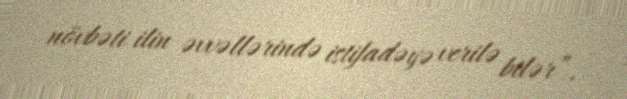
növbəti ilin əvvəllərində istifadəyə verilə bilər”.